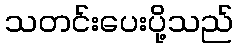
သတင်းပေးပို့သည်